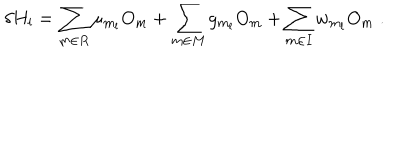
LaTeX: \delta H _ { l } = \sum _ { m \in R } \mu _ { m _ { l } } O _ { m } + \sum _ { m \in M } g _ { m _ { l } } O _ { m } + \sum _ { m \in I } w _ { m _ { l } } O _ { m } \; .